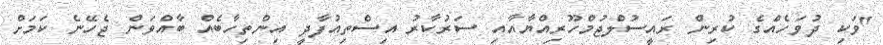
"ވަކި ދުވަހެއްގެ ކުރިން ރައީސުލްޖުމްހޫރިއްޔާއާއި ސަރުކާރު އިސްތިއުފާދީ އިންތިހާބެއް ބާއްވަން ޖެހޭނެ ކަމަށް